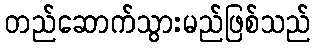
တည်ဆောက်သွားမည်ဖြစ်သည်